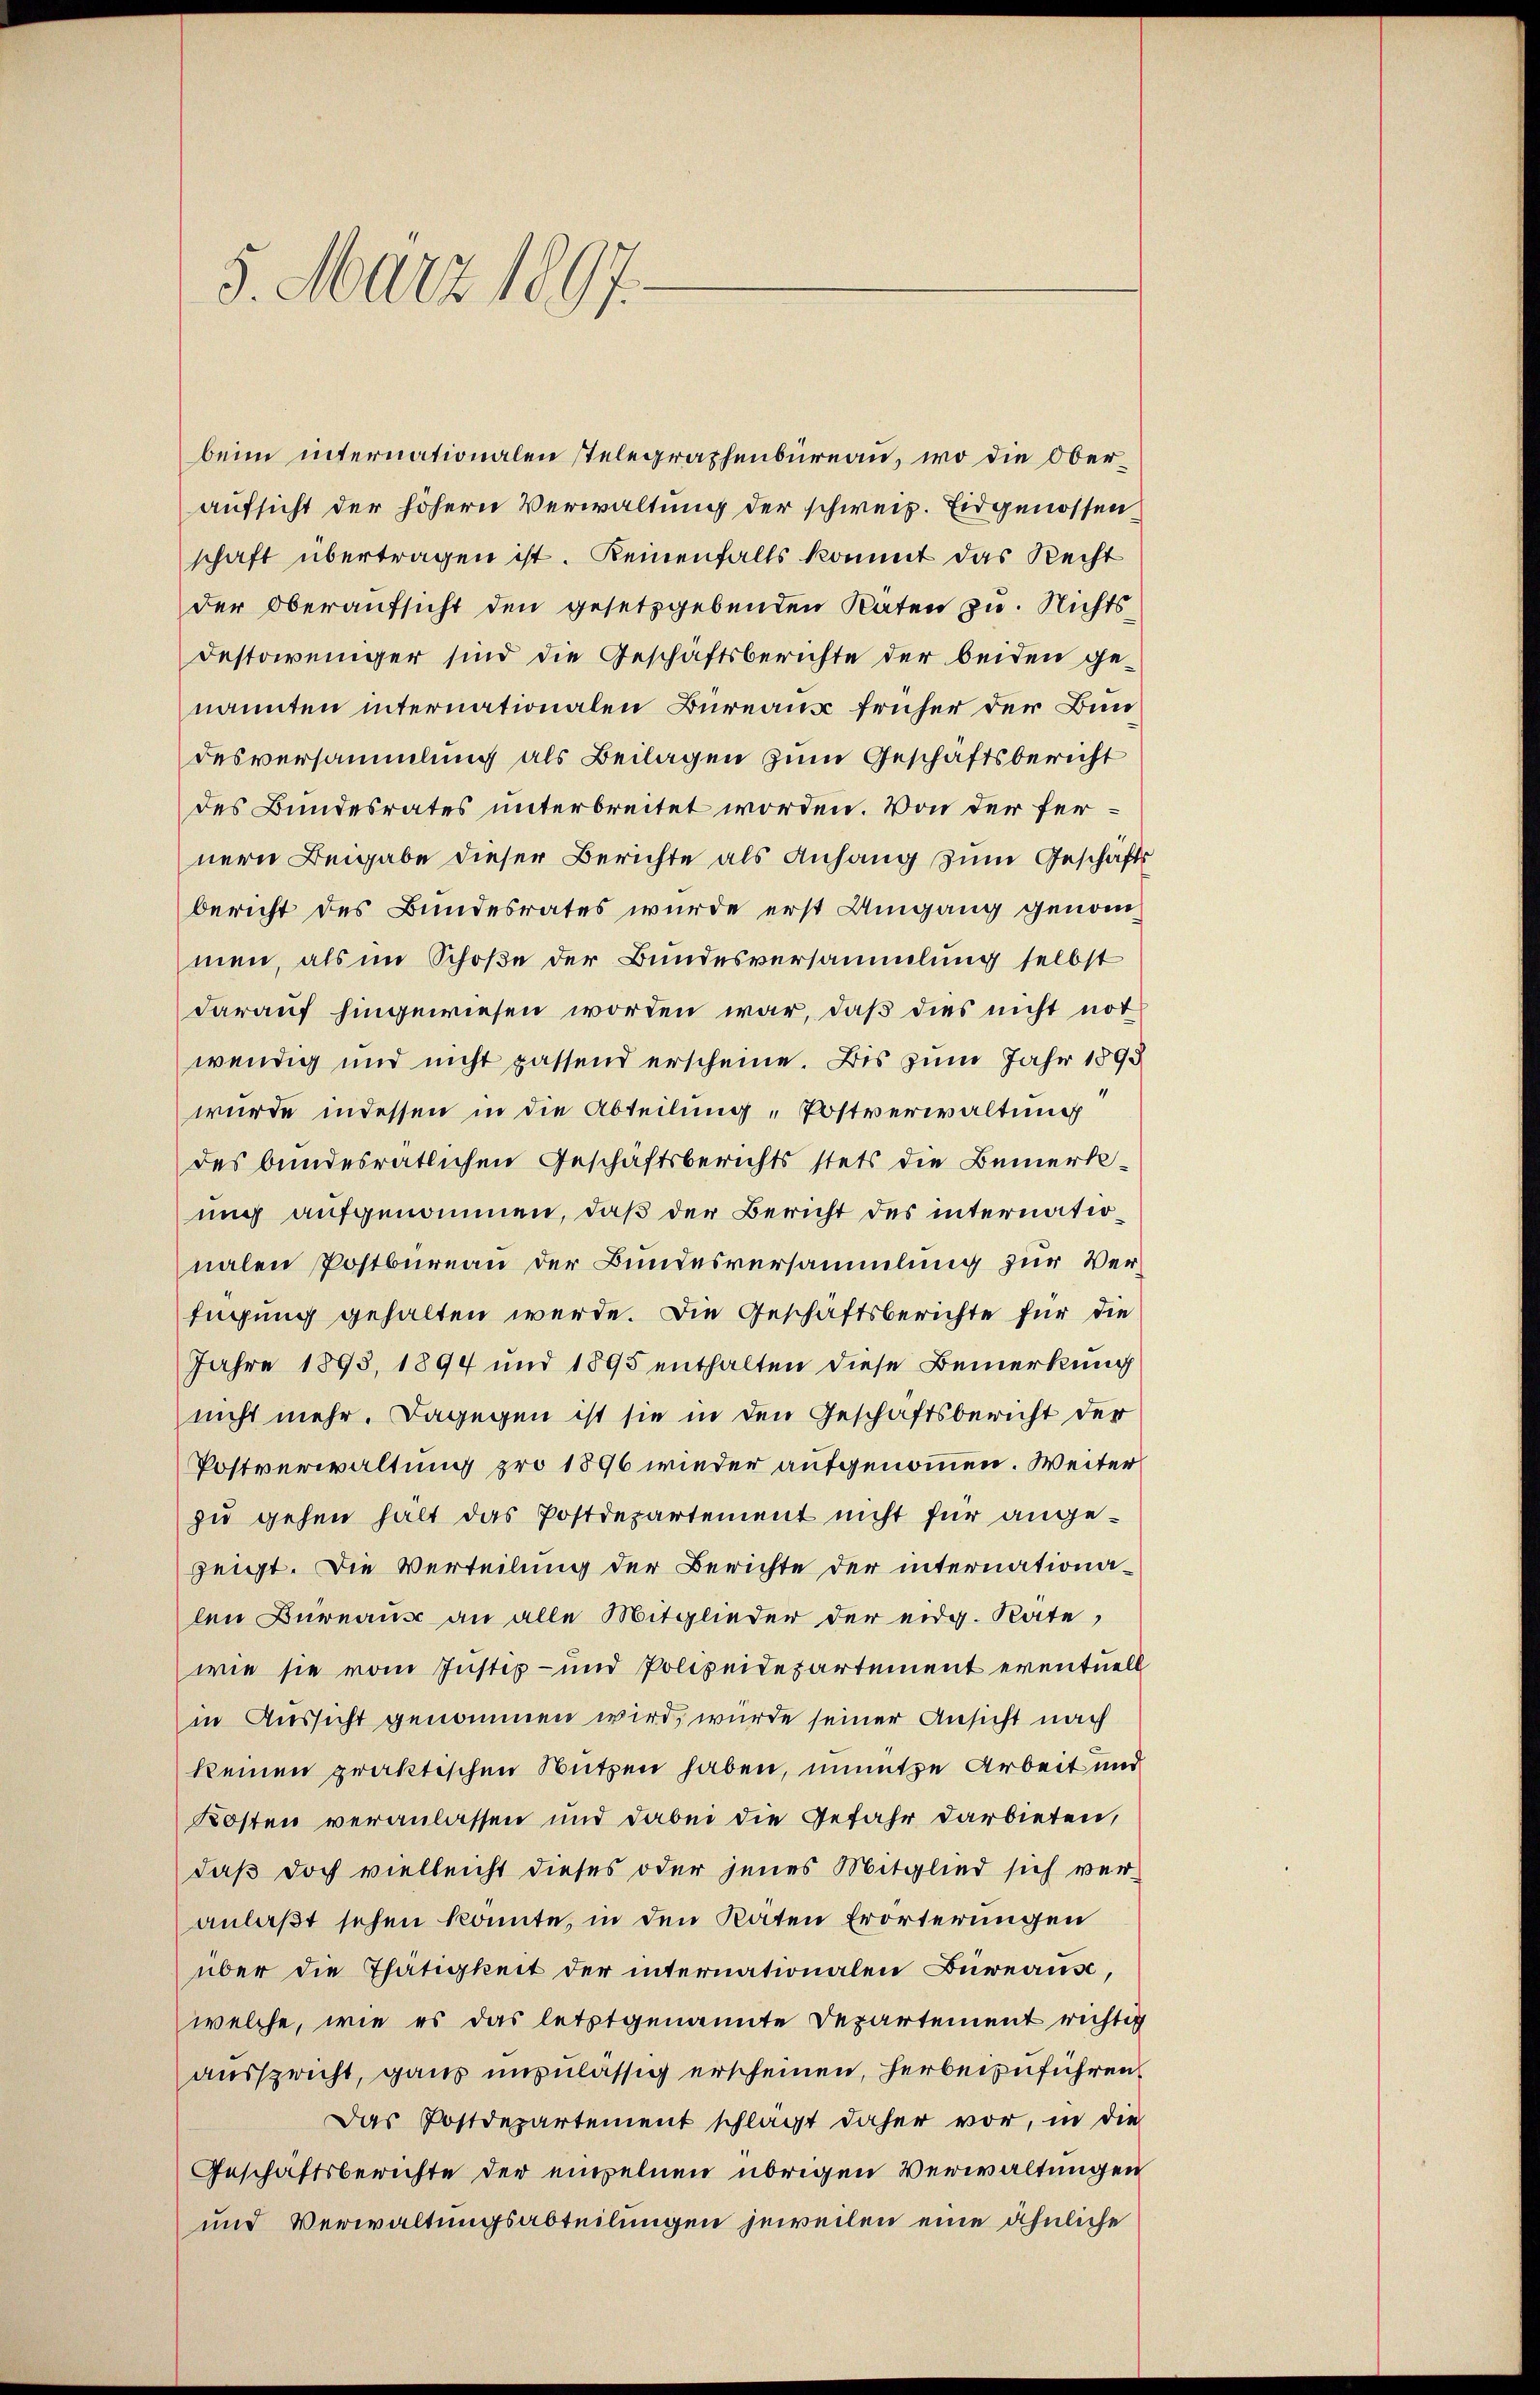
5. März 1897.

beim internationalen stelegraphenbüreau, wo die Oberaufsicht der höhern Verwaltung der schweiz. Eidgenossenschaft übertragen ist. Keinenfalls kommt das Recht
der Oberaŭfsicht den gesetzgebenden Raten zu. Nichtsdestoweniger sind die Geschäftsberichte der beiden genannten internationalen Büreaus früher der Bundesversammlung als Beilagen zum Geschäftsbericht
des Bundesrates unterbreitet worden. Von der fernern Beigabe dieser Berichte als Anhang zum Geschäfts
bericht des Bundesrates wurde erst Umgang genommen, als im Schoße der Bundesversammlung selbst
darauf hingewiesen worden war, daß dies nicht not
wendig und nicht passend erscheine. Bis zum Jahr 1898
wurde indessen in die Abteilung „Postverwaltung
des bundesratlichen Geschäftsberichts stets die Bemerkunch aufgenommen, daß der Bericht des internationalen Postbureau der Bundesversammlung zur Verfügung gehalten werde. Die Geschäftsberichte für die
Jahre 1895, 1894 und 1895 enthalten diese Bemerkung
nicht mehr. Dagegen ist sie in den Geschäftsbericht der
Postverwaltung pro 1896 wieder aufgenommen. Weiter
zu gehen hält das Postdepartement nicht für angezeigt. Die Verteilung der Berichte der internationa-
len Büreaus an alle Mitglieder der eidg. Rate,
wie sie vom Justiz- und Polizeidepartement eventuell
in Aussicht genommen wird, wurde seiner Ansicht nach
keinen praktischen Nutzen haben, unnütze Arbeit und
Kosten veranlassen und dabei die Gefahr darbieten,
daß doch vielleicht dieses oder jenes Mitglied sich veranlaßt sehen könnte, in den Räten Erörterungen
über die Thätigkeit der internationalen Büreaus,
welche, wie es das letztgenannte Departement richtig
ausspricht, ganz unzulässig erscheinen, herbeizuführen,
Das Postdepartement schlägt daher vor, in die
Geschäftsberichte der empelnen übrigen Verwaltungen
und Verwaltungsabteilungen jeweilen eine ähnliche